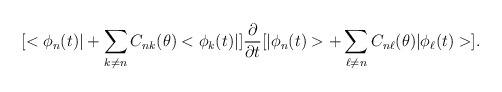
\begin{align*}[<\phi_{n}(t)|+\sum_{k\neq n} C_{nk}(\theta)<\phi_{k}(t)|]\frac{\partial}{\partial t}[|\phi_{n}(t)>+ \sum_{\ell\neq n}C_{n\ell}(\theta)|\phi_{\ell}(t)>] .\end{align*}